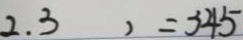
2 . 3 ) = 3 4 5